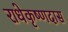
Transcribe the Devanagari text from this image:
राधेकृष्णदास